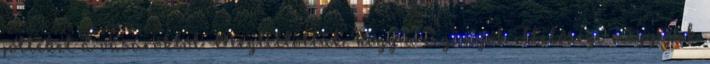
jötteket a vásárokból Megtiltották, hogy a cigányok illetőségi megyéjük